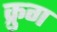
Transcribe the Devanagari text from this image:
क्रुग